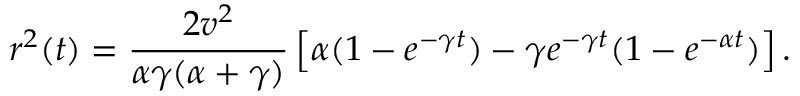
r ^ { 2 } ( t ) = \frac { 2 v ^ { 2 } } { \alpha \gamma ( \alpha + \gamma ) } \left[ \alpha ( 1 - e ^ { - \gamma t } ) - \gamma e ^ { - \gamma t } ( 1 - e ^ { - \alpha t } ) \right] .